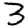
Digit: 3